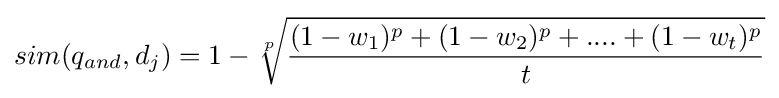
sim(q_{and},d_{j})=1-{\sqrt[{p}]{\frac {(1-w_{1})^{p}+(1-w_{2})^{p}+....+(1-w_{t})^{p}}{t}}}